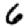
Digit: 6